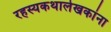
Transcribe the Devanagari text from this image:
रहस्यकथालेखकांना